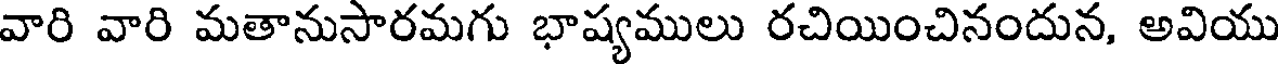
వారి వారి మతానుసారమగు భాష్యములు రచియించినందున, అవియు